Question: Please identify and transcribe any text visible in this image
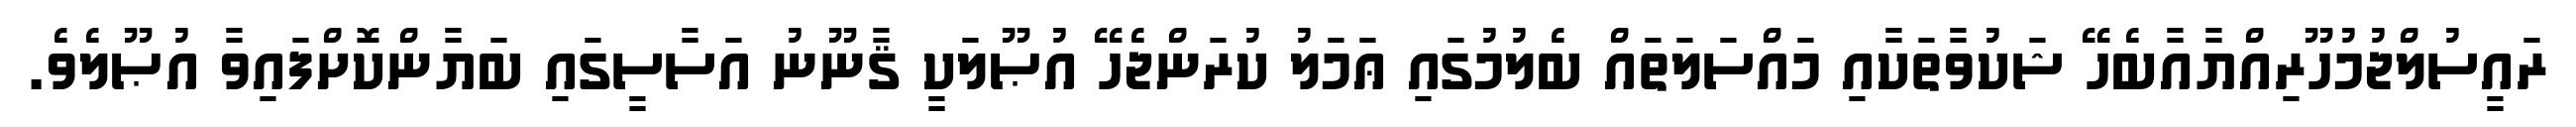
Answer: ރައީސުލްޖުމުހޫރިއްޔާއާބެހޭ ޝަކުވާތަކާއި މައްސަލަތައް ބެލުމުގައި ޢަމަލު ކުރަންޖެހޭ އުޞޫލަކީ ޤާނޫނު އަސާސީގައި ބަޔާންކޮށްފައިވާ އުޞޫލެވެ.